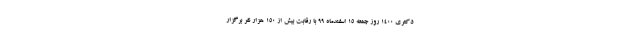
دکتری ۱۴۰۰ روز جمعه ۱۵ اسفندماه ۹۹ با رقابت بیش از ۱۵۰ هزار نفر برگزار